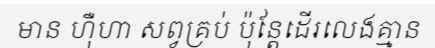
មាន ហ៊ឺហា សព្វគ្រប់ ប៉ុន្តែដើរលេងគ្មាន